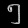
Digit: ၅